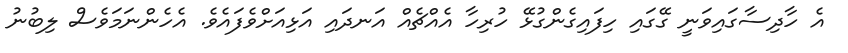
އެ ހާދިސާގައިވަނީ ގޭގައި ހިފައިގެންގުޅޭ ހުރިހާ އެއްޗެއް އަނދައި އަޅިއަށްވެފައެވެ. އެހެންނަމަވެސް ލިބުނު